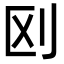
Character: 𠛅